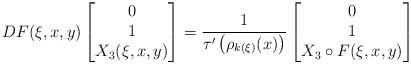
LaTeX: \begin{align*}D F ( \xi , x , y )\left[\begin{matrix}0 \\1 \\X _3 ( \xi , x , y )\end{matrix}\right]= \frac{1}{\tau ' \left( \rho _{k (\xi)} (x) \right)} \left[\begin{matrix}0 \\1 \\X _3 \circ F ( \xi , x , y )\end{matrix}\right]\end{align*}